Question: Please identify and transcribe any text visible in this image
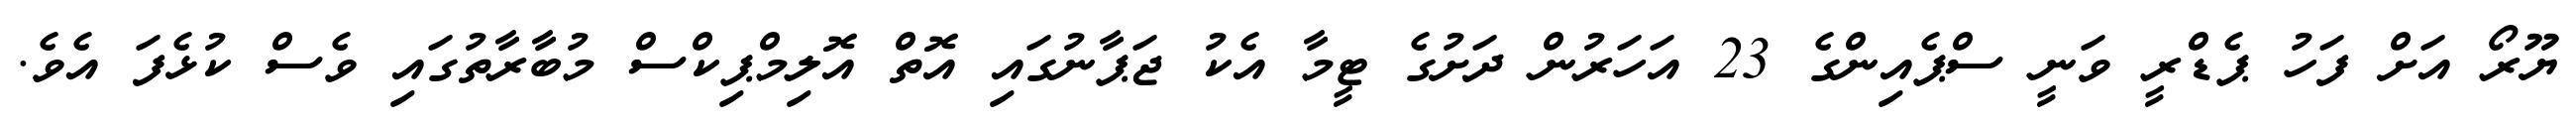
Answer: ޔޫރޯ އަށް ފަހު ޕެޑްރީ ވަނީ ސްޕެއިންގެ 23 އަހަރުން ދަށުގެ ޓީމާ އެކު ޖަޕާނުގައި އޮތް އޮލިމްޕިކްސް މުބާރާތުގައި ވެސް ކުޅެފަ އެވެ.